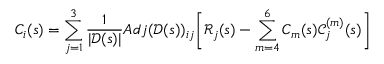
C _ { i } ( s ) = \sum _ { j = 1 } ^ { 3 } \frac { 1 } { | \mathscr { D } ( s ) | } A d j ( \mathscr { D } ( s ) ) _ { i j } \bigg [ \mathscr { R } _ { j } ( s ) - \sum _ { m = 4 } ^ { 6 } C _ { m } ( s ) \mathscr { C } _ { j } ^ { ( m ) } ( s ) \bigg ]